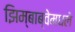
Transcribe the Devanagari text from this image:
झिम्बाब्वेमधले